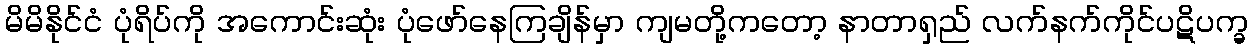
မိမိနိုင်ငံ ပုံရိပ်ကို အကောင်းဆုံး ပုံဖော်နေကြချိန်မှာ ကျမတို့ကတော့ နာတာရှည် လက်နက်ကိုင်ပဋိပက္ခ